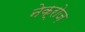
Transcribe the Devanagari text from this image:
नेक्रोज़